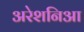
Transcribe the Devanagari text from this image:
अरेशनिआ